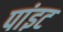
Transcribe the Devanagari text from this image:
पांइट